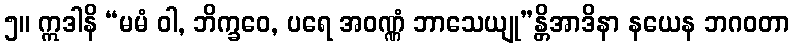
၅။ ဣဒါနိ “မမံ ဝါ, ဘိက္ခဝေ, ပရေ အဝဏ္ဏံ ဘာသေယျု”န္တိအာဒိနာ နယေန ဘဂဝတာ